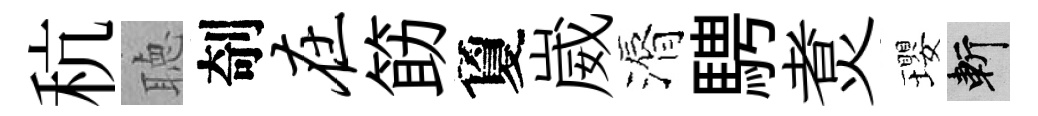
秔聴剞在筯夐崴漘騁煑瓔斬